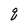
Character: q